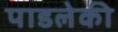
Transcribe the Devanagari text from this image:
पाडलेकी